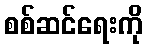
စစ်ဆင်ရေးကို